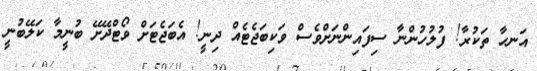
އަނހާ ތަކުރާ! ފުލުހުންނާ ސިފައިންނަށްވެސް ވަކިބަޖެޓެއް ދިނީ! އެބަޖެޓަށް ވޯޓްދޭށޭ ބުނީމާ ކަލޭބުނީ